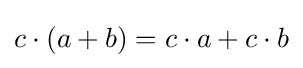
c\cdot (a+b)=c\cdot a+c\cdot b